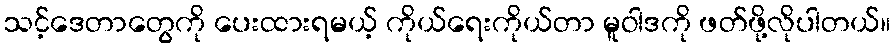
သင့်ဒေတာတွေကို ပေးထားရမယ့် ကိုယ်ရေးကိုယ်တာ မူဝါဒကို ဖတ်ဖို့လိုပါတယ်။